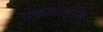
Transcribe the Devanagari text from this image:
प्रकोशतरंग